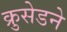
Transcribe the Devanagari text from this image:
क्रुसेडने